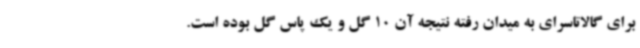
برای گالاتاسرای به میدان رفته نتیجه آن 10 گل و یک پاس گل بوده است.